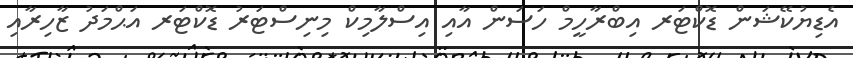
އެޑިޔުކޭޝަން ޑޮކްޓަރ އިބްރާހީމް ހަސަން އާއި އިސްލާމިކް މިނިސްޓަރު ޑޮކްޓަރ އަޙްމަދު ޒާހިރާއި